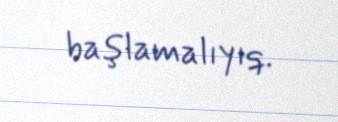
başlamalıyıq.